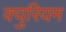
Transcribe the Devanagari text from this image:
क्युरियम